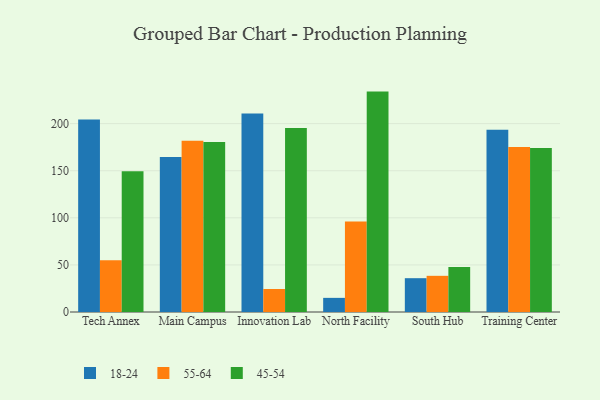
{"axis": {"x": "Campus", "y": "Inventory Turnover"}, "legend": ["18-24", "45-54", "55-64"], "data": [{"x": "Tech Annex", "y": 204.5, "type": "18-24"}, {"x": "Tech Annex", "y": 54.9, "type": "55-64"}, {"x": "Tech Annex", "y": 149.5, "type": "45-54"}, {"x": "Main Campus", "y": 164.6, "type": "18-24"}, {"x": "Main Campus", "y": 181.7, "type": "55-64"}, {"x": "Main Campus", "y": 180.6, "type": "45-54"}, {"x": "Innovation Lab", "y": 210.7, "type": "18-24"}, {"x": "Innovation Lab", "y": 24.4, "type": "55-64"}, {"x": "Innovation Lab", "y": 195.3, "type": "45-54"}, {"x": "North Facility", "y": 15.0, "type": "18-24"}, {"x": "North Facility", "y": 96.0, "type": "55-64"}, {"x": "North Facility", "y": 234.0, "type": "45-54"}, {"x": "South Hub", "y": 35.9, "type": "18-24"}, {"x": "South Hub", "y": 38.4, "type": "55-64"}, {"x": "South Hub", "y": 47.8, "type": "45-54"}, {"x": "Training Center", "y": 193.5, "type": "18-24"}, {"x": "Training Center", "y": 175.1, "type": "55-64"}, {"x": "Training Center", "y": 174.2, "type": "45-54"}]}